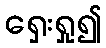
ရှေးရှု၍